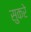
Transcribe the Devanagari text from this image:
सुकरे